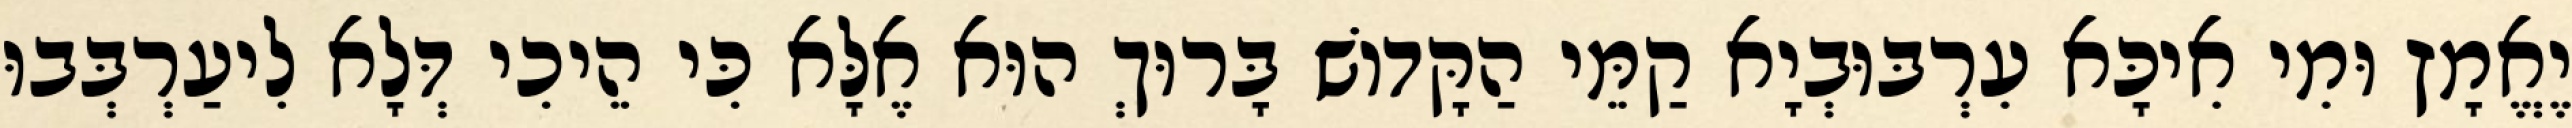
יֶאֱמָץ וּמִי אִיכָּא עִרְבּוּבְיָא קַמֵּי הַקָּדוֹשׁ בָּרוּךְ הוּא אֶלָּא כִּי הֵיכִי דְּלָא לִיעַרְבְּבוּ